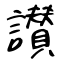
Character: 讃